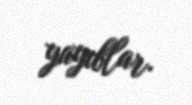
yayıblar.